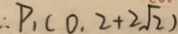
\therefore P _ { 1 } ( 0 . 2 + 2 \sqrt { 2 } )